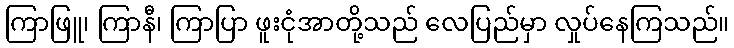
ကြာဖြူ၊ ကြာနီ၊ ကြာပြာ ဖူးငုံအာတို့သည် လေပြည်မှာ လှုပ်နေကြသည်။